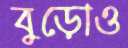
বুড়োও